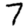
Digit: 7